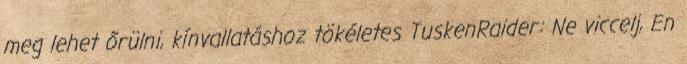
meg lehet őrülni, kínvallatáshoz tökéletes TuskenRaider: Ne viccelj, En